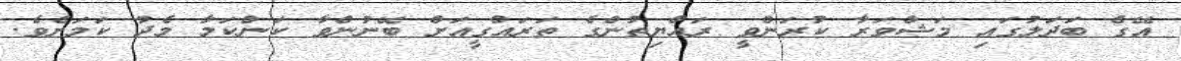
އޭގެ ބަދަލުގައި މަޝްވަރާ ކުރަންވީ ރައްޔިތުންގެ ތަރައްގީއަށް ބޭނުންވާ ކަންކަމާ މެދު ކަމަށެވެ.